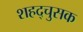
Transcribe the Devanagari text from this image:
शहद्चुसक